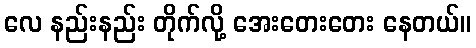
လေ နည်းနည်း တိုက်လို့ အေးတေးတေး နေတယ်။